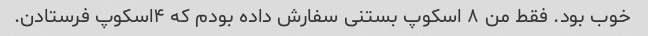
خوب بود. فقط من ۸ اسکوپ بستنی سفارش داده بودم که ۴اسکوپ فرستادن.